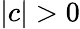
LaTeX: |c|>0